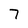
Character: 7